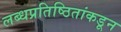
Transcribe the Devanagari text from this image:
लब्धप्रतिष्ठितांकडून